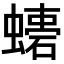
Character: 𧑠